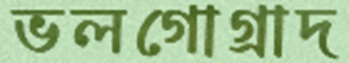
ভলগোগ্রাদ